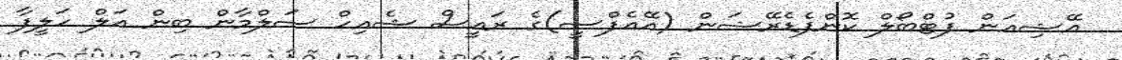
އޭޝިއަން ފުޓްބޯލް ކޮންފެޑެރޭޝަން (އޭއެފްސީ)ގެ ރައީސް ޝެއިހް ސަލްމާން ބިން އަލް ހަލީފާ